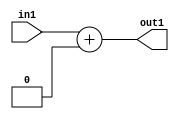
`timescale 1ps / 1ps
/*****************************************************************************
    Verilog RTL Description
    
    
    Created by: Stratus DpOpt 2019.1.01 
*******************************************************************************/

module GauFilter_Add_4U_8_4 (
	in1,
	out1
	); /* architecture "behavioural" */ 
input [3:0] in1;
output [3:0] out1;
wire [3:0] asc001;

assign asc001 = 
	+(in1)
	+(4'B0000);

assign out1 = asc001;
endmodule

/* CADENCE  urX2SwE= : u9/ySgnWtBlWxVPRXgAZ4Og= ** DO NOT EDIT THIS LINE ******/